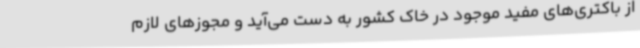
از باکتری‌های مفید موجود در خاک کشور به دست می‌آید و مجوزهای لازم